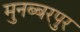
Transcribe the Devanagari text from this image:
मुनब्बरपुर